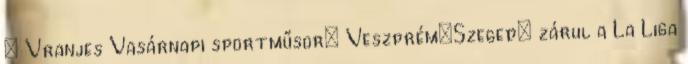
– Vranjes Vasárnapi sportműsor: Veszprém–Szeged; zárul a La Liga